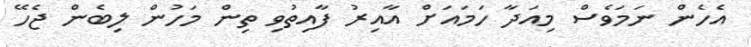
އެހެން ނަމަވެސް މިއަދާ ހަމައަށް އާއިރު ފާއިތުވި ތިން މަހުން ލިބެން ޖެހޭ